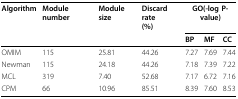
<table><thead><tr><td><b>Algorithm</b></td><td><b>Module number</b></td><td><b>Module size</b></td><td><b>Discard rate(%)</b></td><td colspan="3"><b>GO(-log P-value)</b></td></tr><tr><td></td><td></td><td></td><td></td><td><b>BP</b></td><td><b>MF</b></td><td><b>CC</b></td></tr></thead><tbody><tr><td>OMIM</td><td>115</td><td>25.81</td><td>44.26</td><td>7.27</td><td>7.69</td><td>7.44</td></tr><tr><td>Newman</td><td>115</td><td>24.18</td><td>44.26</td><td>7.18</td><td>7.39</td><td>7.22</td></tr><tr><td>MCL</td><td>319</td><td>7.40</td><td>52.68</td><td>7.17</td><td>6.72</td><td>7.16</td></tr><tr><td>CPM</td><td>66</td><td>10.96</td><td>85.51</td><td>8.39</td><td>7.60</td><td>8.53</td></tr></tbody></table>